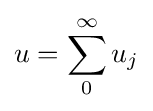
u=\sum _{0}^{\infty }u_{j}